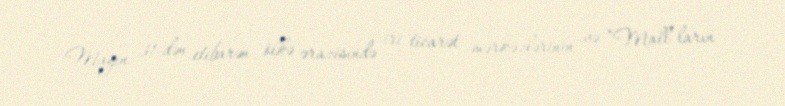
Mayın 31-dən etibarən ölkə ərazisində iri ticarət mərkəzlərinin və “Mall”ların